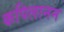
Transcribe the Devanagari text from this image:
कपिलानन